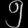
Digit: ၅